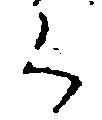
く